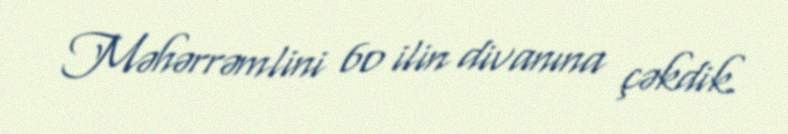
Məhərrəmlini 60 ilin divanına çəkdik.